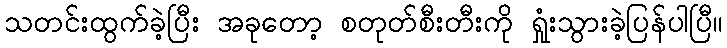
သတင်းထွက်ခဲ့ပြီး အခုတော့ စတုတ်စီးတီးကို ရှုံးသွားခဲ့ပြန်ပါပြီ။